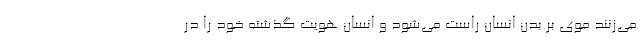
می‌زنند موی بر بدن انسان راست می‌شود و انسان هویت گذشته خود را در